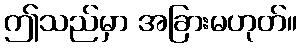
ဤသည်မှာ အခြားမဟုတ်။